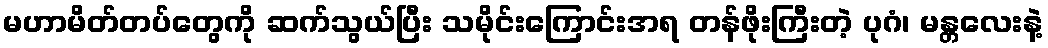
မဟာမိတ်တပ်တွေကို ဆက်သွယ်ပြီး သမိုင်းကြောင်းအရ တန်ဖိုးကြီးတဲ့ ပုဂံ၊ မန္တလေးနဲ့